Report on the working of the Ranchi Indian Mental Hospital, Kanke, in Bihar and Orissa - 1930-1940
Year: 1930
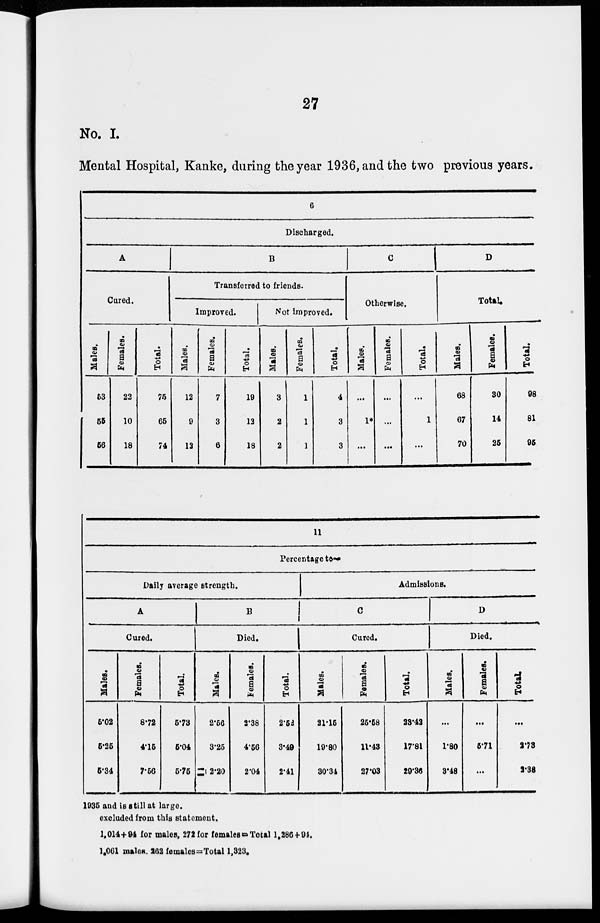
27
No. I.
Mental Hospital, Kanke, during the year 1936, and the two previous years.
6
Discharged.
A
Cured.
Males.
53
55
56
Females.
22
10
18
Total.
75
65
74
B
Transferred to friends.
Improved.
Males.
12
9
12
Females.
7
3
6
Total.
19
12
18
Not improved.
Males.
3
2
2
Females.
1
1
1
Total.
4
3
3
C
Otherwise.
Males.
...
1*
...
Females.
...
...
...
Total.
...
1
...
D
Total.
Males.
68
67
70
Females.
30
14
25
Total.
98
81
95
11
Percentage to—
Daily average strength.
A
Cured.
Males.
5.02
5.25
5.34
Females.
8.72
4.15
7.56
Total.
5.73
5.04
5.75
B
Died.
Males.
2.56
3.25
2.20
Females.
2.38
4.56
2.04
Total.
2.52
3.49
2.41
Admissions.
C
Cured.
Males.
21.15
19.80
30.34
Females.
25.58
11.43
27.03
Total.
23.42
17.81
29.36
D
Died.
Males.
...
1.80
3.48
Females.
...
5.71
...
Total.
...
2.73
2.38
1935 and is still at large.
excluded from this statement.
1,014+94 for males, 272 for females = Total 1,286 + 94.
1,061 males, 262 females=Total 1,323.